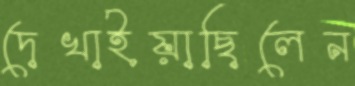
দেখাইয়াছিলেন